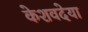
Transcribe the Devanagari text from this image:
केशवदेया